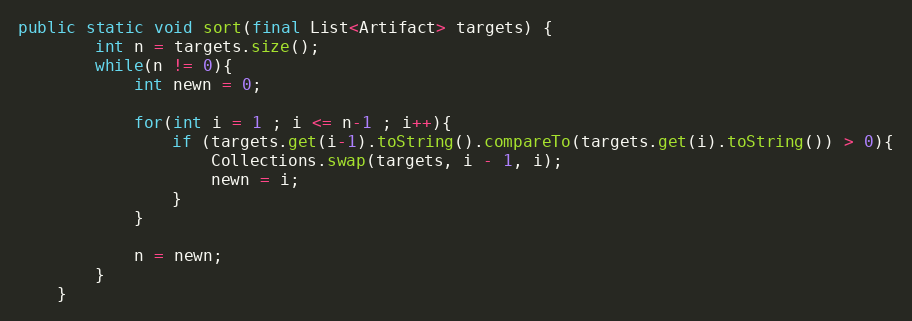
Language: Java
public static void sort(final List<Artifact> targets) {
        int n = targets.size();
        while(n != 0){
            int newn = 0;

            for(int i = 1 ; i <= n-1 ; i++){
                if (targets.get(i-1).toString().compareTo(targets.get(i).toString()) > 0){
                    Collections.swap(targets, i - 1, i);
                    newn = i;
                }
            }

            n = newn;
        }
    }